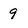
Character: 9